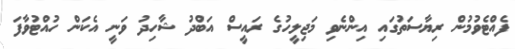
ފެއްޓެވުމުން ރިޔާސަތުގައި އިންނެވި މަޖިލީހުގެ ރައީސް އަބްދު ޝާހިދު ވަނީ އެކަން ހުއްޓުވާފަ